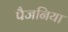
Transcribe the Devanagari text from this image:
पैजनिया